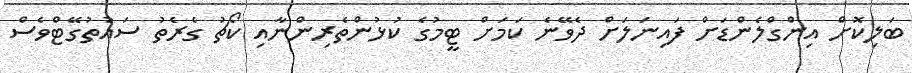
ބަލިކޮށް އިންގްލެންޑަށް ފައިނަލަށް ދެވޭނެ ކަމަށް ޓީމުގެ ކުޅުންތެރިންނާއި ކޯޗު ގެރެތު ސައުތުގޭޓްވެސް